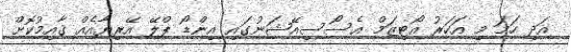
އަދި ހަމަ މި އަހަރު އޯޓިޒަމް އެސޯސިއޭޝަނުގައި އިންޑޯ ޕްލޭ އޭރިޔާއެއް ޤާއިމުކޮށް